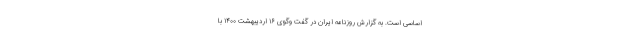
اساسی است. به گزارش روزنامه ایران در گفت وگوی ۱۶ اردیبهشت ۱۴۰۰ با